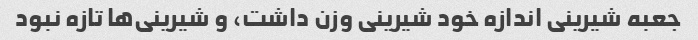
جعبه شیرینی اندازه خود شیرینی وزن داشت، و شیرینی‌ها تازه نبود